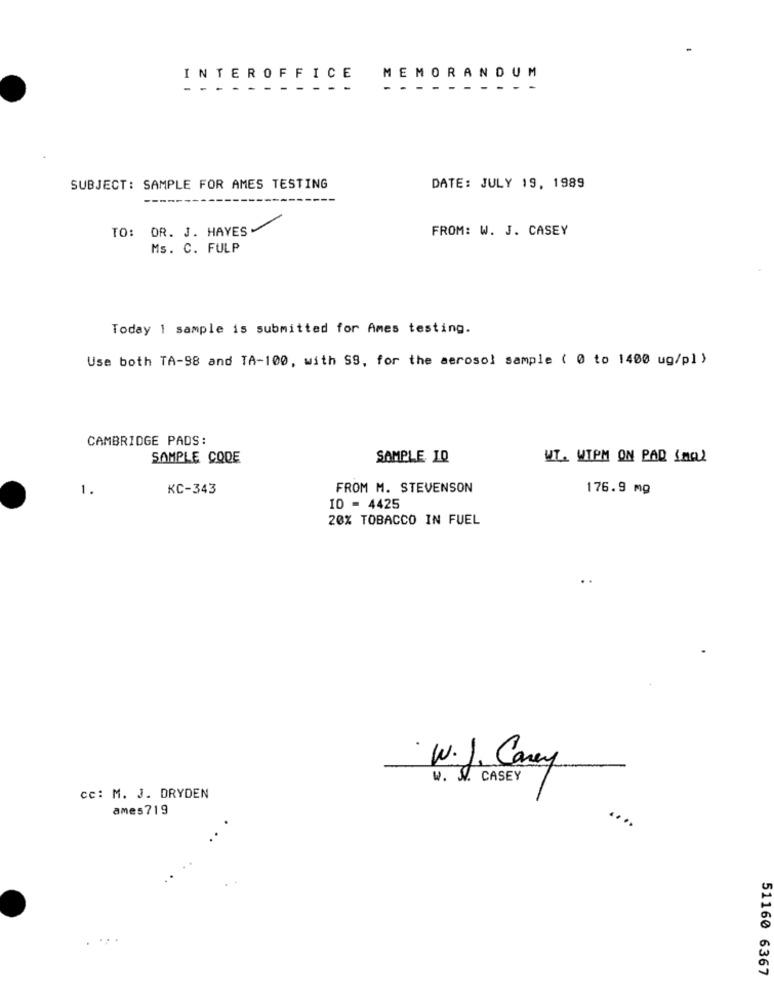
N
TEROFF
ICE
MEMORANDUM
-
------- -
SUBJECT: SAMPLE FOR AMES TESTING
DATE: JULY 19, 1989
TO: DR. J. HAYES
FROM: W. J. CASEY
Ms. C. FULP
Today 1 sample is submitted for Ames testing.
Use both TA-98 and TA-100, with SS, for the aerosol sample ( 0 to 1400 ug/pl )
CAMBRIDGE PADS:
SAMPLE CODE
SAMPLE, I.Q
WI. WIPM ON PAR Imal
1.
KC-343
FROM M. STEVENSON
176.9 mg
10 - 4425
20% TOBACCO IN FUEL
W.J. Caney
w. W. CASEY
cc: M. J. DRYDEN
ames719
51160 6367